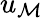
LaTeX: u_{\mathcal{M}}